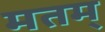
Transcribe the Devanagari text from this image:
मतम्